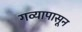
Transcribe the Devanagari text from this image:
गव्यापासून